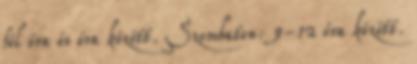
fél óra és óra között. Szombaton: 9-12 óra között.